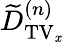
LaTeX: \widetilde{D}_{\mathrm{TV_{\mathit x}}}^{(n)}